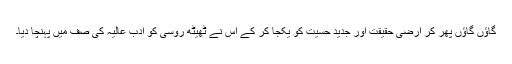
گاؤں گاؤں پھر کر ارضی حقیقت اور جدید حسیّت کو یکجا کر کے اس نے ٹھیٹھ روسی کو ادب عالیہ کی صف میں پہنچا دیا۔